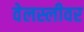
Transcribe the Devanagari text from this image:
वेलस्लीवर